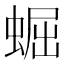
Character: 𧌑